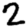
Digit: 2